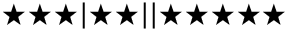
\bigstar \bigstar \bigstar | \bigstar \bigstar | | \bigstar \bigstar \bigstar \bigstar \bigstar